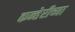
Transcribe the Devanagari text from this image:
कन्हेरीच्या